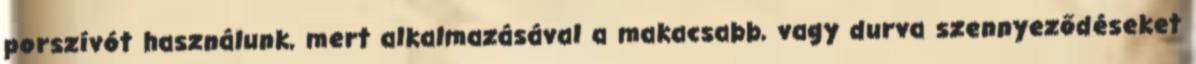
porszívót használunk, mert alkalmazásával a makacsabb, vagy durva szennyeződéseket